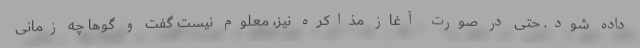
داده شود. حتی در صورت آغاز مذاکره نیز، معلوم نیست گفت و گوها چه زمانی